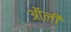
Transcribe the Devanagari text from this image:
ऑर्ली